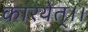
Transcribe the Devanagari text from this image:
कारयेत्।।